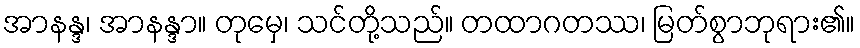
အာနန္ဒ၊ အာနန္ဒာ။ တုမှေ၊ သင်တို့သည်။ တထာဂတဿ၊ မြတ်စွာဘုရား၏။